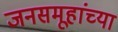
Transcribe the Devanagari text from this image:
जनसमूहांच्या